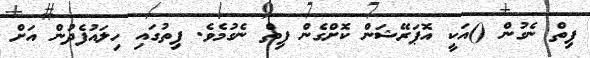
ފިތް ނެގުން ()އަކީ އޮޕަރޭޝަން ކޮށްގެން ފިތް ނެގުމެވެ. ފިތުގައި ހިލައުފެދުން އަށް